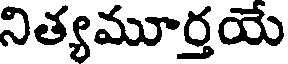
నిత్యమూర్తయే